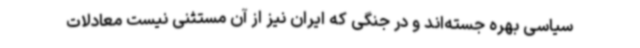
سیاسی بهره جسته‌اند و در جنگی که ایران نیز از آن مستثنی نیست معادلات